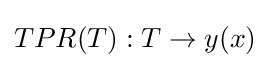
TPR(T):T\rightarrow y(x)